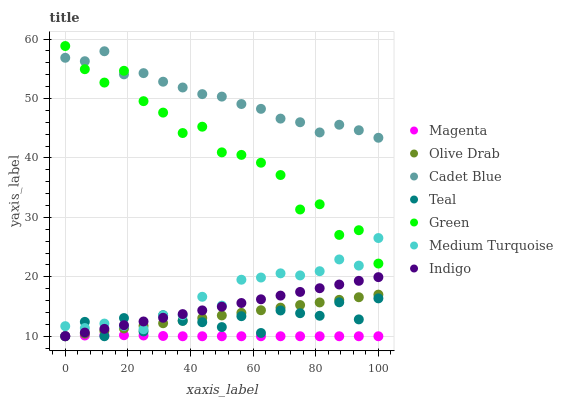
| xaxis_label | Magenta | Olive Drab | Cadet Blue | Teal | Green | Medium Turquoise | Indigo |
 | --- | --- | --- | --- | --- | --- | --- | --- |
 | 0 | 10 | 10 | 56.8 | 10 | 58.8 | 11.7 | 10 |
 | 6.25 | 10.1 | 10.4 | 56.3 | 12.4 | 54.9 | 11.4 | 10.6 |
 | 12.5 | 10.2 | 10.9 | 57.9 | 10 | 52.7 | 12.1 | 11.2 |
 | 18.8 | 10.2 | 11.3 | 54.1 | 13.1 | 54.7 | 11.7 | 11.9 |
 | 25 | 10.1 | 11.8 | 54.3 | 10.8 | 49.5 | 11.2 | 12.5 |
 | 31.2 | 10 | 12.2 | 52.8 | 13.5 | 47.6 | 13.5 | 13.1 |
 | 37.5 | 10 | 12.6 | 51.8 | 12.6 | 44.2 | 13.5 | 13.7 |
 | 43.8 | 10 | 13.1 | 50.7 | 12.4 | 45.3 | 16.6 | 14.4 |
 | 50 | 10 | 13.5 | 50.3 | 11.5 | 40.9 | 15.2 | 15 |
 | 56.2 | 10 | 13.9 | 49.1 | 13.4 | 40.5 | 19.5 | 15.6 |
 | 62.5 | 10 | 14.4 | 48.3 | 10.5 | 39.2 | 19.9 | 16.2 |
 | 68.8 | 10 | 14.8 | 46.6 | 14.3 | 37.1 | 20.6 | 16.8 |
 | 75 | 10 | 15.3 | 46 | 13.9 | 31.3 | 20.2 | 17.5 |
 | 81.2 | 10 | 15.7 | 44.3 | 13.4 | 32.2 | 20.9 | 18.1 |
 | 87.5 | 10 | 16.1 | 45.6 | 15.7 | 27 | 22.9 | 18.7 |
 | 93.8 | 10 | 16.6 | 44.7 | 12.8 | 27.8 | 21.9 | 19.3 |
 | 100 | 10 | 17 | 43.4 | 16.4 | 22.2 | 26.5 | 19.9 |